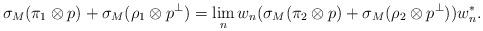
LaTeX: \begin{align*}\sigma_M(\pi_1 \otimes p) + \sigma_M(\rho_1 \otimes p^{\perp}) &= \lim_n w_n(\sigma_M(\pi_2\otimes p) + \sigma_M(\rho_2 \otimes p^{\perp}))w_n^*. \end{align*}